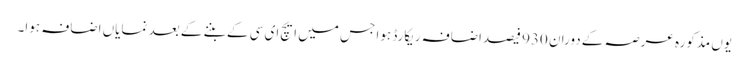
یوں مذکورہ عرصہ کے دوران 930 فیصداضافہ ریکارڈ ہوا جس میں ایچ ای سی کے بننے کے بعد نمایاں اضافہ ہوا۔